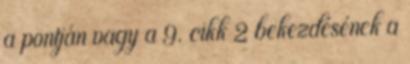
a pontján vagy a 9. cikk 2 bekezdésének a